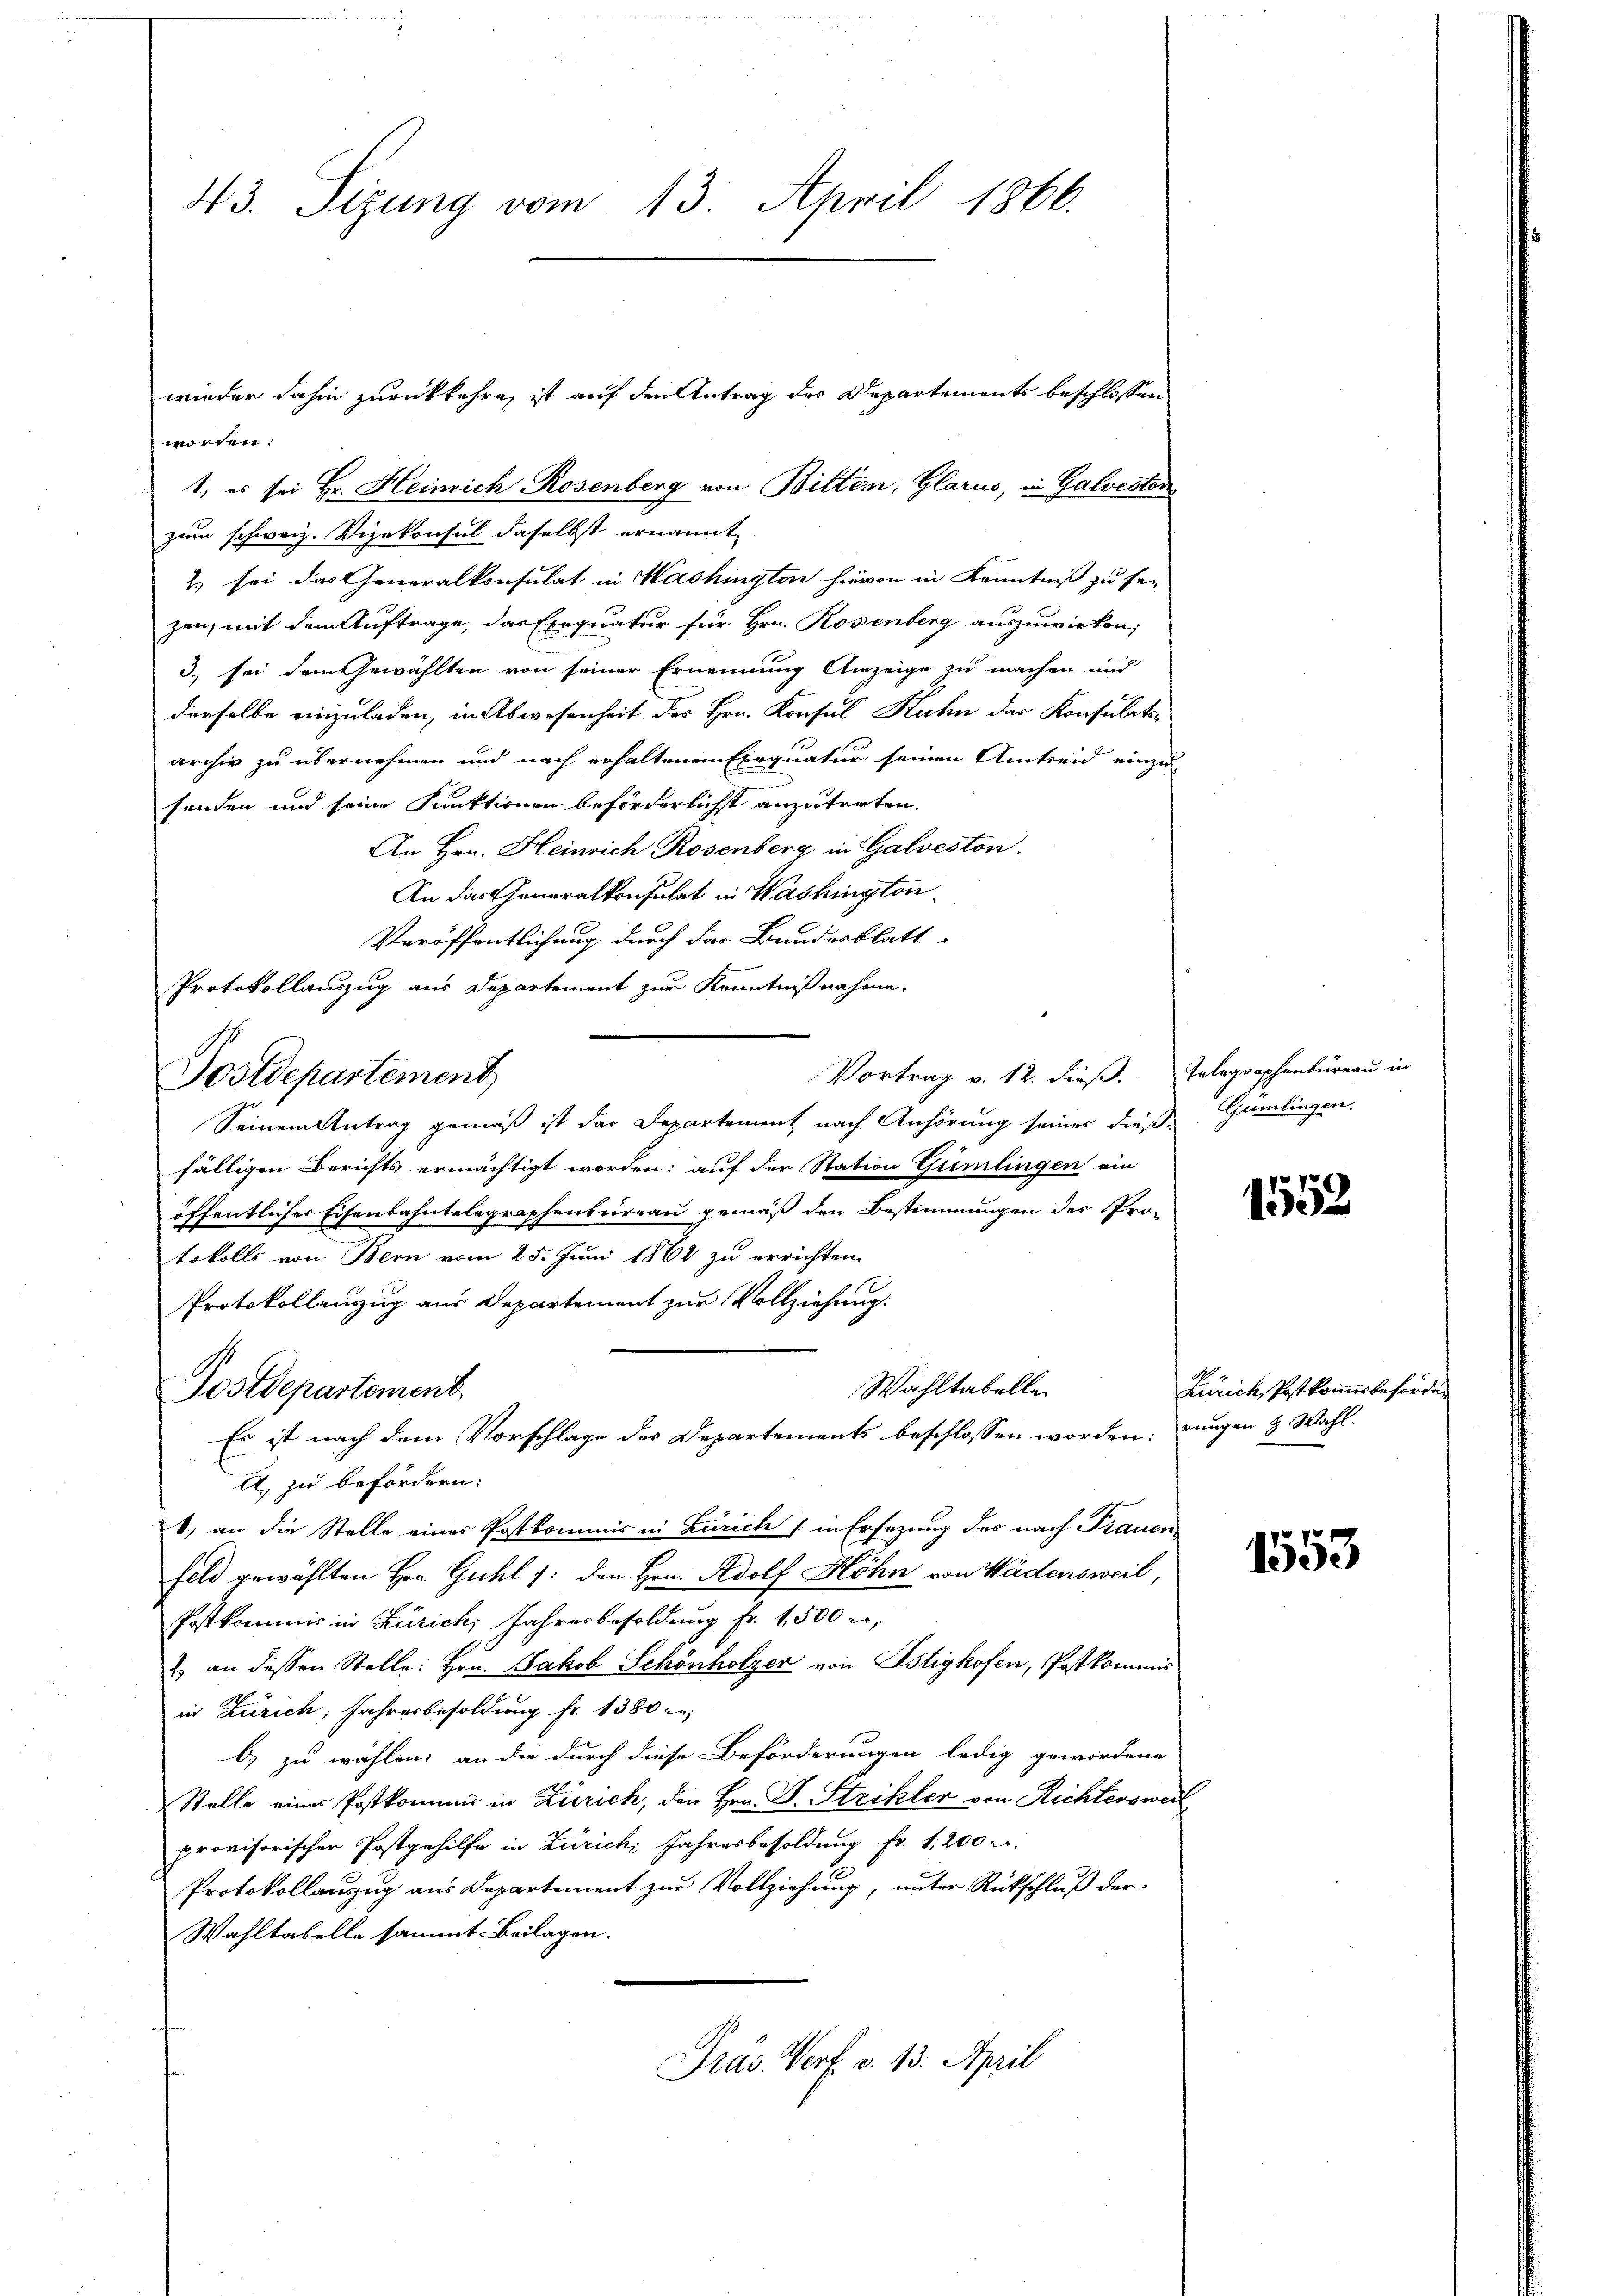
43. Sizung vom 13. April 1866.

worden:
1., es sei Hr. Heinrich Rosenberg von Bitten, Glarus, in Galveston
zum schweiz. Vizekonsul daselbst ernannt
2) sei das Generalkonsulat in Washington hievon in Kenntniß zu se
zen, mit dem Auftrage, das Exequatur für Hrn. Rosenberg auszuwirken,
3., sei dem Gewählten von seiner Ernennung Anzeige zu machen und
derselbe einzuladen, in Abwesenheit des Hrn. Konsul Kuhn das Konsulatsarchiv zu übernehmen und nach erhaltenen Exequatur seinen Amtseid einzu-
senden und seine Funktionen beförderlichst anzutreten.
An Hrn. Heinrich Rosenberg in Galveston.
An das Generalkonsulat in Washington
Veröffentlichung durch der Bundesblatt
Protokollauszug aus Departement zur Kenntnißnahme
Vortrag v. 12. dieß. Telegraphenbureau in
Postdepartement
Seinem Antrag gemäß ist das Departement nach Anhörung seiner dieß Gumlingen.
fälligen Berichts ermächtigt worden; auf der Station Gümlingen ein
öffentlicher Eisenbahntelegraphenbureau gemäß den Bestimmungen des Protokolls von Bern vom 25. Juni 1864 zu errichten.
Protokollanzug aus Departement zur Vollziehung.
Wahltabelle
Postdepartement,
Es ist nach dem Vorschlage des Departements beschlossen worden, drungen & Wahl¬
A, zu befördern:
b., an die Stelle eines Postkommis in Zürich (in Ersetzung des nach Frauen
feld gewählten Hrn. Guhl /: den Hrn. Adolf Höhn von Wädensweil,
Postkommis in Zürich, Jahresbesoldung Fr. 1500 r.
2) an dessen Stelle: Hrn. Jakob Schönholzer von Istigkofen, Postkommis
in Zürich, Jahresbesoldung fr. 1380
b) zu wählen; an die durch diese Beförderungen ledig gewordene
Stelle eines Postkommis in Zürich, den Hrn. F. Strikler von Richtersweil
provisorischer Postgehilfe in Zürich, Jahresbesoldung Fr. 1200.
Protokollauszug aus Departement zur Vollziehung, unter Rückschluß der
Wahltabelle sammt Beilagen.
Präs. Verf. v. 13. April

wieder dahin zurückkehre, ist auf den Antrag des Departements beschlossen

1552

Zürich, Postkomisbeförde

1553